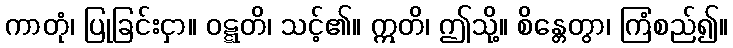
ကာတုံ၊ ပြုခြင်းငှာ။ ဝဋ္ဋတိ၊ သင့်၏။ ဣတိ၊ ဤသို့။ စိန္တေတွာ၊ ကြံစည်၍။